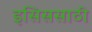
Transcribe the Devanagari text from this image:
इसिससाठी